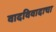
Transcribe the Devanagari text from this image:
वादविवादाचा